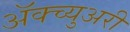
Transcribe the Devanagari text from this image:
अॅक्च्युअरी